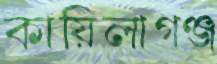
কায়িলাগঞ্জ